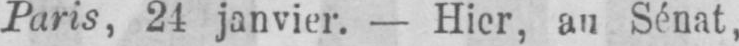
au Sénat,